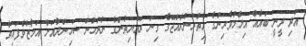
އަދި ދީނީ ބައެއް އިލްމުވެރިންގެ އިތުރުންރާއްޖޭގެ ގިނަ ރައްޔިތުންގެ ނުރުހުން ސަހިންދާއަށް އަމާޒުވެފައިވާ